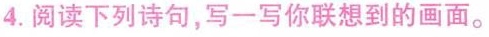
4.阅读下列诗句，写一写你联想到的画面。